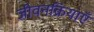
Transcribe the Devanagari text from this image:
जीवनक्रियाएँ